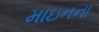
માઇનના